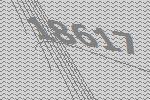
18617